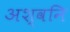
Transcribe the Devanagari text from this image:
अश्वनि